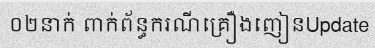
០២នាក់ ពាក់ព័ន្ធករណីគ្រឿងញៀនUpdate